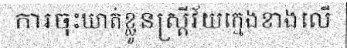
ការចុះឃាត់ខ្លួនស្ត្រីវ័យក្មេងខាងលើ